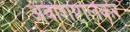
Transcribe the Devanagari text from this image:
अवशिष्टलिकर